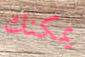
يمكنك